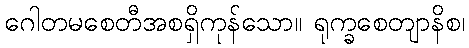
ဂေါတမစေတီအစရှိကုန်သော။ ရုက္ခစေတျာနိစ၊